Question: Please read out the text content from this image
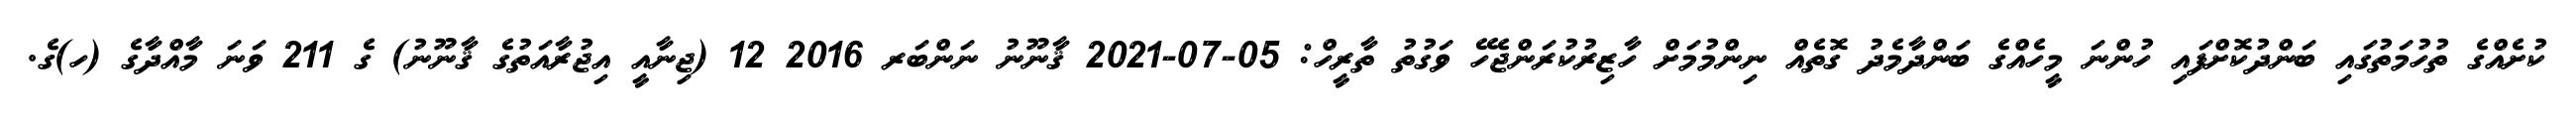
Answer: ކުށެއްގެ ތުހުމަތުގައި ބަންދުކޮށްފައި ހުންނަ މީހެއްގެ ބަންދާމެދު ގޮތެއް ނިންމުމަށް ހާޒިރުކުރަންޖެހޭ ވަގުތު ތާރީހް: 05-07-2021 ޤާނޫނު ނަންބަރ 2016 12 (ޖިނާއީ އިޖުރާއަތުގެ ޤާނޫނު) ގެ 211 ވަނަ މާއްދާގެ (ހ)ގެ.